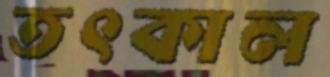
তৎকাল